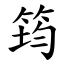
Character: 筠